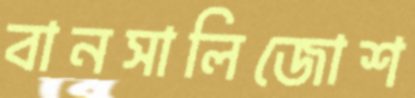
বানসালিজোশ